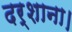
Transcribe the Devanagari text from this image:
दर्शाना।